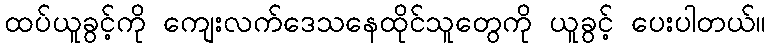
ထပ်ယူခွင့်ကို ကျေးလက်ဒေသနေထိုင်သူတွေကို ယူခွင့် ပေးပါတယ်။